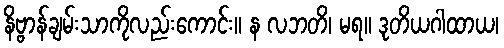
နိဗ္ဗာန်ချမ်းသာကိုလည်းကောင်း။ န လဘတိ၊ မရ။ ဒုတိယဂါထာယ၊